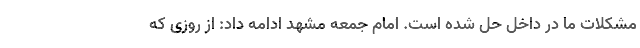
مشکلات ما در داخل حل شده است. امام جمعه مشهد ادامه داد: از روزی که